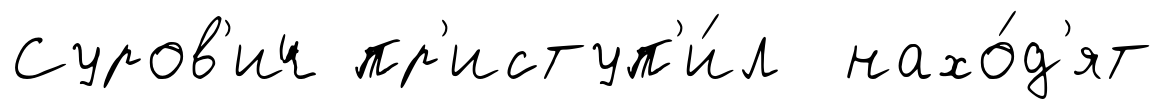
Суров'ич пр'иступ'и́л нахо́д'ят